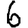
Digit: 6